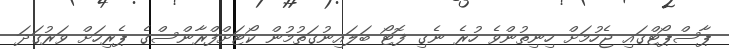
ޕާސްޕޯޓްގައި ޖެހުމަށް ހިނިތުންވެ ހުރެ ނެގި ފޮޓޯ ބަލައިނުގަތުމުން ކޯޓަށްފްރާންސްގެ ޕެރިހަށް ވަރުގަދަ